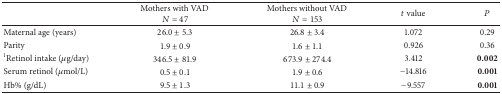
<table><thead><tr><td><b> </b></td><td><b>Mothers with VAD <i>N</i> = 47</b></td><td><b>Mothers without VAD <i>N</i> = 153</b></td><td><b><i>t</i> value</b></td><td><b><i>P</i></b></td></tr></thead><tbody><tr><td>Maternal age (years)</td><td>26.0 ± 5.3</td><td>26.8 ± 3.4</td><td>1.072 </td><td>0.29</td></tr><tr><td>Parity</td><td>1.9 ± 0.9</td><td>1.6 ± 1.1</td><td>0.926</td><td>0.36</td></tr><tr><td><sup>1</sup>Retinol intake (<i>μ</i>g/day)</td><td>346.5 ± 81.9</td><td>673.9 ± 274.4</td><td>3.412 </td><td><b>0.002</b></td></tr><tr><td>Serum retinol (<i>μ</i>mol/L)</td><td>0.5 ± 0.1</td><td>1.9 ± 0.6</td><td>−14.816</td><td><b>0.001</b></td></tr><tr><td>Hb% (g/dL)</td><td>9.5 ± 1.3</td><td>11.1 ± 0.9</td><td>−9.557</td><td><b>0.001</b></td></tr></tbody></table>